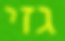
גזי